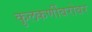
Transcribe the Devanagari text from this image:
कुलकर्णीबरोबर